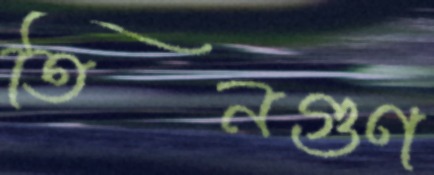
তিনগুণ